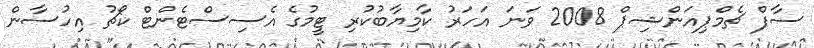
ސާފް ޗެމްޕިއަންޝިޕް 2008 ވަނަ އަހަރު ކާމިޔާބުކުރި ޓީމުގެ އެސިސްޓެންޓް ކޯޗު އިހުސާން